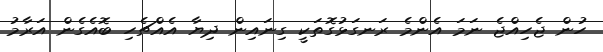
ހުން ޖެހިއްޖެ ނަމަ އެންމެ ރަނގަޅުގޮތަކީ ގިނައިން ދިޔާ އެއްޗެހި ބޮއެގެން އަރާމު